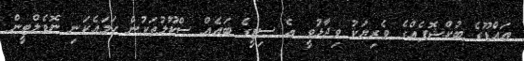
އައްޑޫގެ ބުކްޝޮޕެއްގެ ވެރިޔަކު ވިދާޅުވީ އެ ސިޓީގެ ބައެއް ސްކޫލުތަކުން ހަމައެކަނި ނޮވެލްޓީން